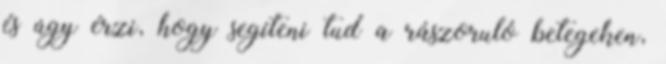
és úgy érzi, hogy segíteni tud a rászoruló betegeken,